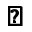
\pmb { \bigtriangledown }